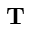
\mathbf { T }